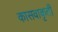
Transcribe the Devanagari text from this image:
कासवाकृती